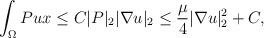
LaTeX: \begin{align*}\int_{\Omega} P u x\leq C|P|_2|\nabla u|_2\leq \frac{\mu}{4}|\nabla u|^2_2+C,\\\end{align*}